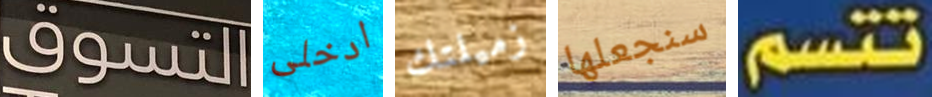
التسوق ادخلى زميلتك سنجعلها تتسم